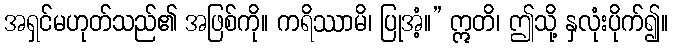
အရှင်မဟုတ်သည်၏ အဖြစ်ကို။ ကရိဿာမိ၊ ပြုအံ့။” ဣတိ၊ ဤသို့ နှလုံးပိုက်၍။